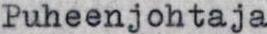
Puheenjohtaja